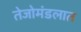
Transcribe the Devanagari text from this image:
तेजोमंडलात